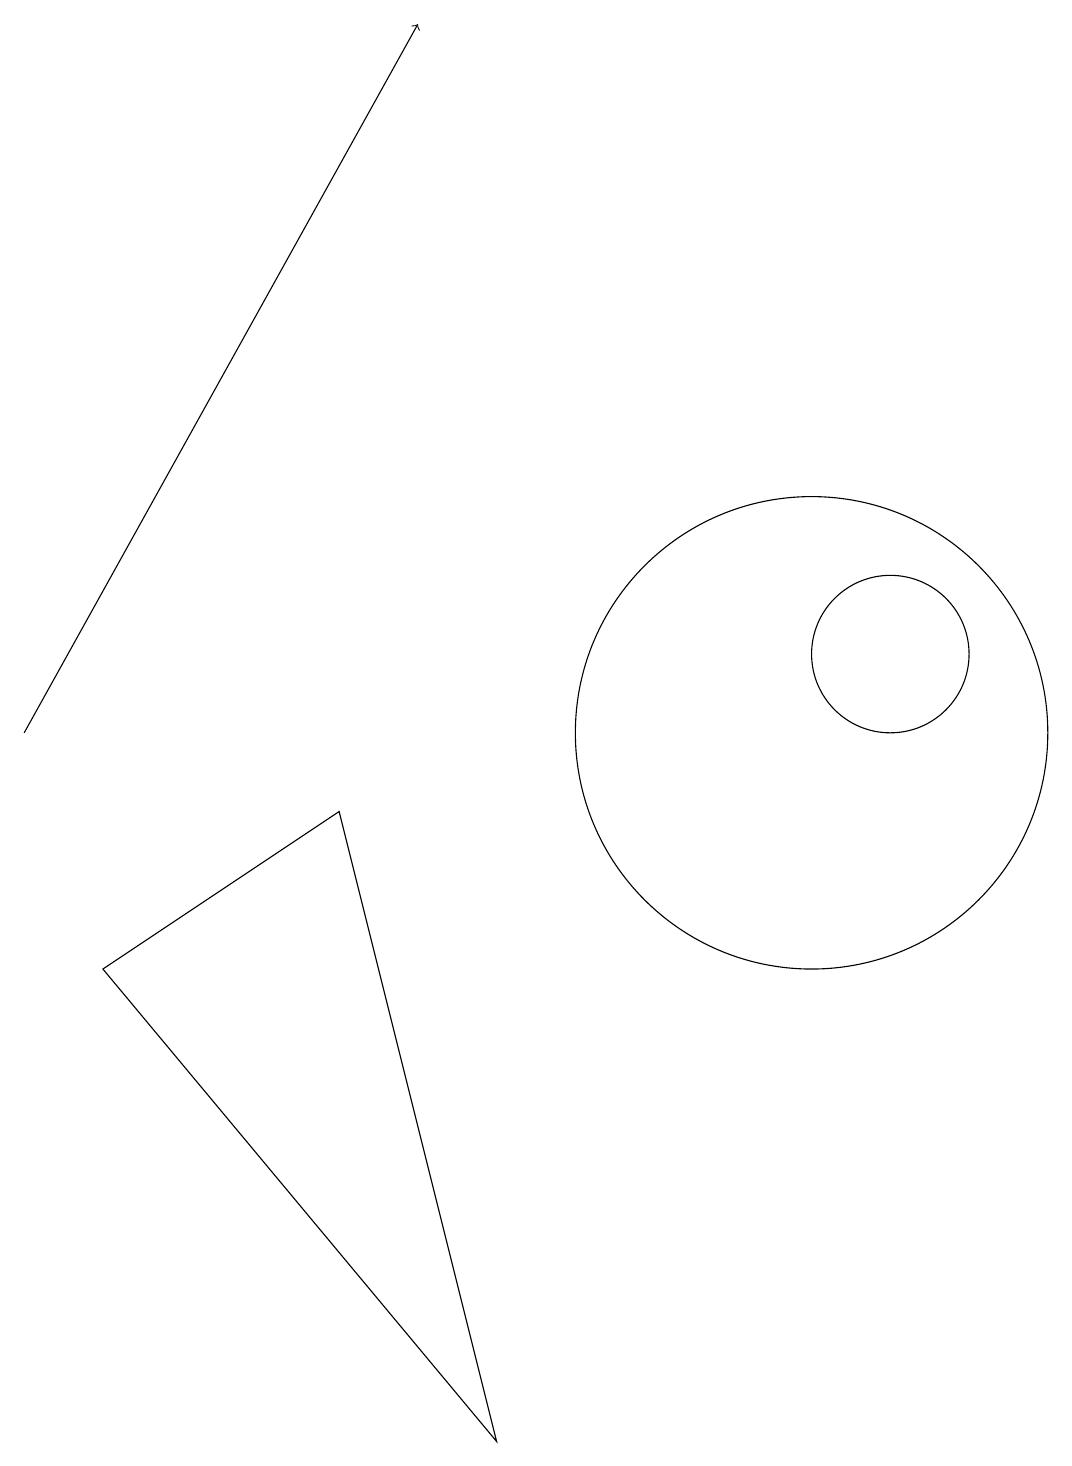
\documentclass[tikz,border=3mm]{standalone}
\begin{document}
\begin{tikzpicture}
\draw[->] (1,10) -- (6,19);
\draw (12,11) circle (1);
\draw (11,10) circle (3);
\draw (7,1) -- (2,7) -- (5,9) -- cycle;
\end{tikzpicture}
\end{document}